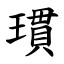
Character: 瑻